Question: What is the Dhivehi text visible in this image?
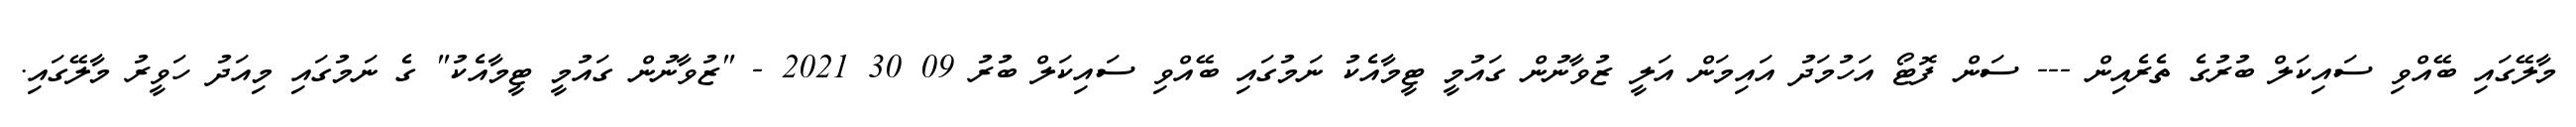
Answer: މާލޭގައި ބޭއްވި ސައިކަލް ބުރުގެ ތެރެއިން --- ސަން ފޮޓޯ އަހުމަދު އައިމަން އަލީ ޒުވާނުން ގައުމީ ޓީމާއެކު ނަމުގައި ބޭއްވި ސައިކަލް ބުރު 09 30 2021 - "ޒުވާނުން ގައުމީ ޓީމާއެކު" ގެ ނަމުގައި މިއަދު ހަވީރު މާލޭގައި.